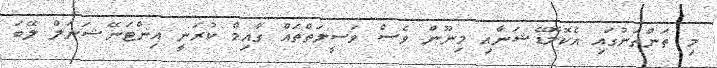
މި ތަންތަނުގައި އެކޮމޮޑޭޝަނާއި މިނޫން ވެސް ވަސީލަތްތައް ގާއިމް ކުރަނީ އިންޓަނޭޝަނަލް ލޭބަ